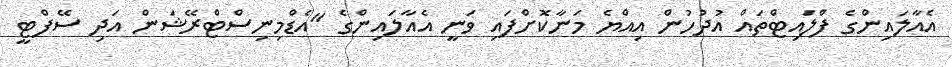
އެއާލައިންގެ ފްލައިޓްތައް އުދުހުން އިއްޔެ މަނާކޮށްފައި ވަނީ އެއާލައިންގެ "އެޑްމިނިސްޓްރޭޝަން އަދި ސޭފްޓީ